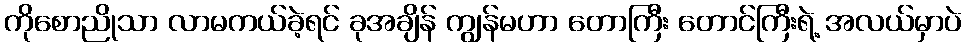
ကိုစောညိုသာ လာမကယ်ခဲ့ရင် ခုအချိန် ကျွန်မဟာ တောကြီး တောင်ကြီးရဲ့ အလယ်မှာပဲ